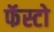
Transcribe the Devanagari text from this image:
फॅस्टो